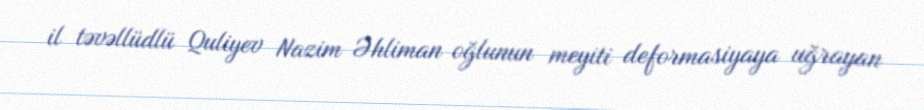
il təvəllüdlü Quliyev Nazim Əhliman oğlunun meyiti deformasiyaya uğrayan